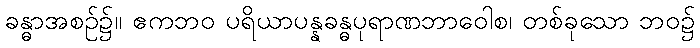
ခန္ဓာအစဉ်၌။ ဧကဘဝ ပရိယာပန္နခန္ဓပုရာဏဘာဝေါစ၊ တစ်ခုသော ဘဝ၌